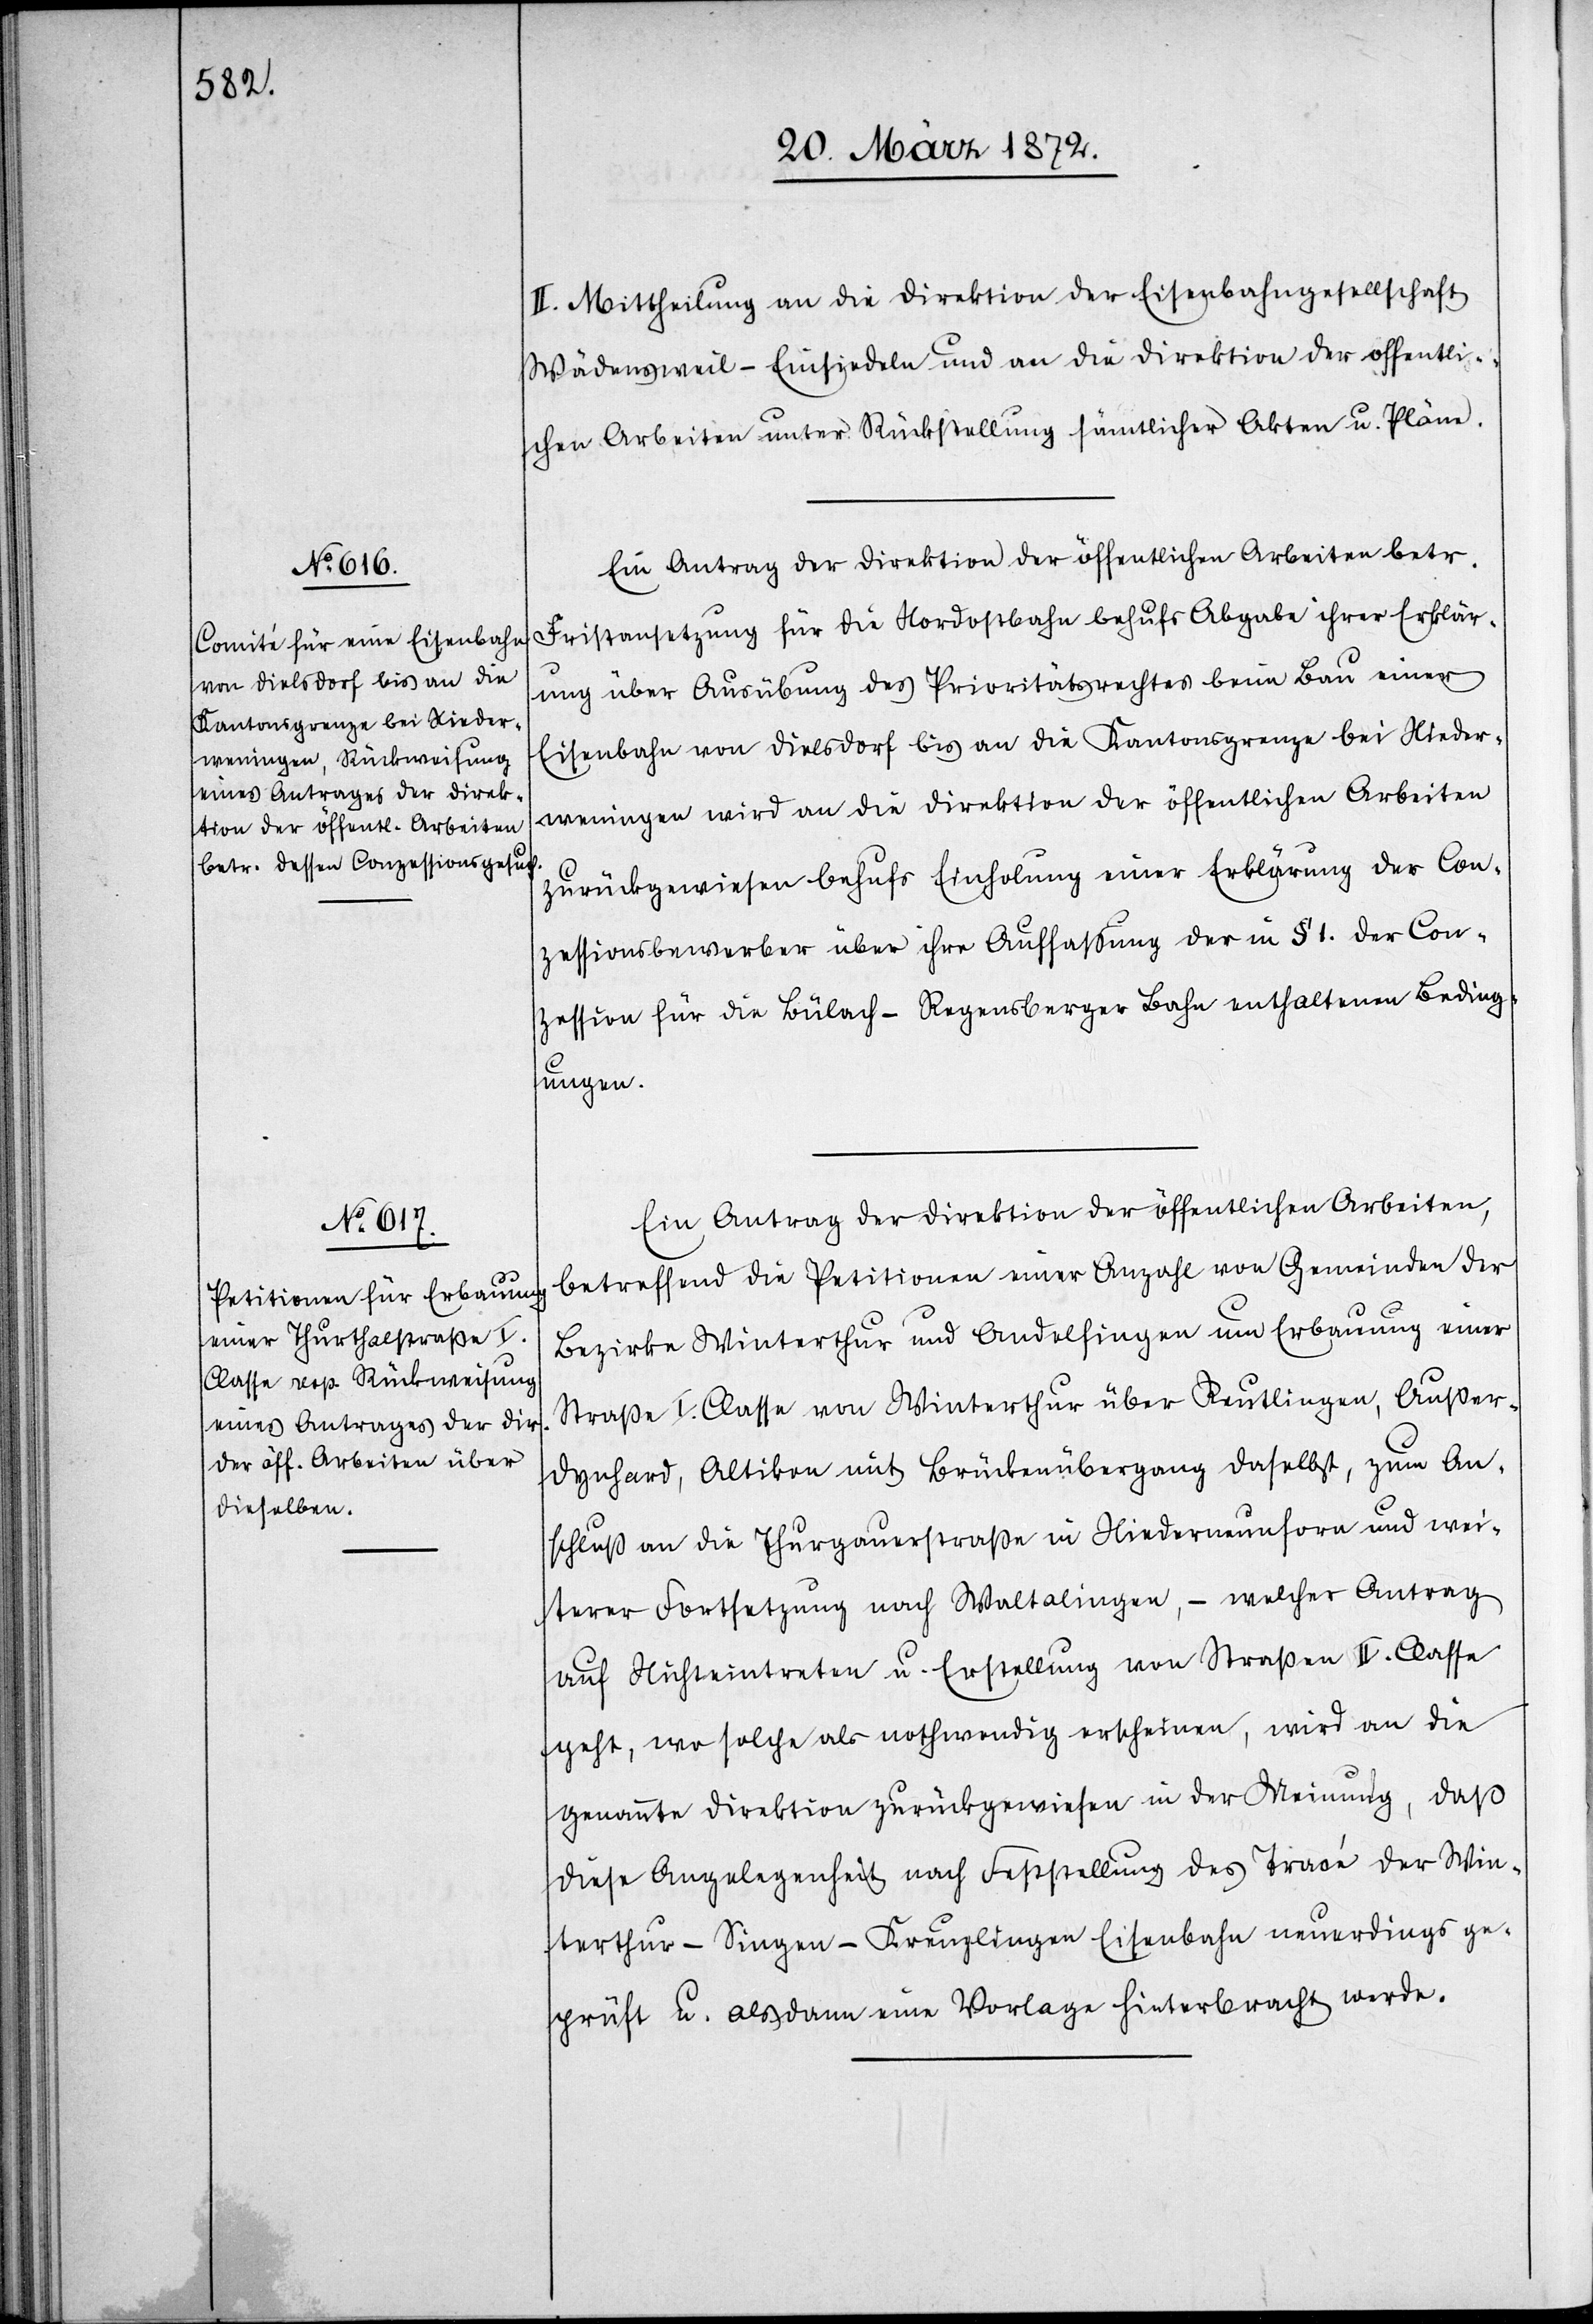
II. Mittheilung an die Direktion der Eisenbahngesellschaft
Wädensweil–Einsiedeln und an die Direktion der öffentli¬
chen Arbeiten unter Rückstellung sämtlicher Akten u. Pläne.
Ein Antrag der Direktion der öffentlichen Arbeiten betr.
Fristansetzung für die Nordostbahn behufs Abgabe ihrer Erklär¬
ung über Ausübung des Prioritätsrechtes beim Bau einer
Eisenbahn von Dielsdorf bis an die Kantonsgrenze bei Nieder¬
weningen wird an die Direktion der öffentlichen Arbeiten
zurückgewiesen behufs Einholung einer Erklärung der Con¬
zessionsbewerber über ihre Auffassung der in § 1. der Con¬
zession für die Bülach–Regensberger Bahn enthaltenen Beding¬
ungen.
Ein Antrag der Direktion der öffentlichen Arbeiten,
betreffend die Petitionen einer Anzahl von Gemeinden der
Bezirke Winterthur und Andelfingen um Erbauung einer
Straße I. Classe von Winterthur über Reutlingen, Außer¬
dynhard, Altikon mit Brückenübergang daselbst, zum An¬
schluß an die Thurgauerstraße in Niederneunforn und wei¬
terer Fortsetzung nach Waltalingen, – welcher Antrag
auf Nichteintreten u. Erstellung von Straßen II. Classe
geht, wo solche als nothwendig erscheinen, wird an die
genannte Direktion zurückgewiesen in der Meinung, daß
diese Angelegenheit nach Feststellung des Tracé der Win¬
terthur–Singen–Kreuzlingen Eisenbahn neuerdings ge¬
prüft u. alsdann eine Vorlage hinterbracht werde.